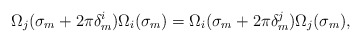
\begin{align*}\Omega_j(\sigma_m +2\pi\delta^{i}_{m})\Omega_i(\sigma_m)=\Omega_i(\sigma_m+2\pi\delta^{j}_{m})\Omega_j(\sigma_m),\end{align*}